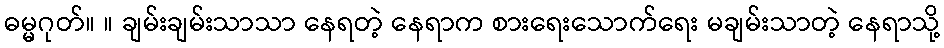
ဓမ္မဂုတ်။ ။ ချမ်းချမ်းသာသာ နေရတဲ့ နေရာက စားရေးသောက်ရေး မချမ်းသာတဲ့ နေရာသို့